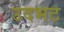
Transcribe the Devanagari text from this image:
उदभट